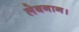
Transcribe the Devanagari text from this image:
लेबनान।